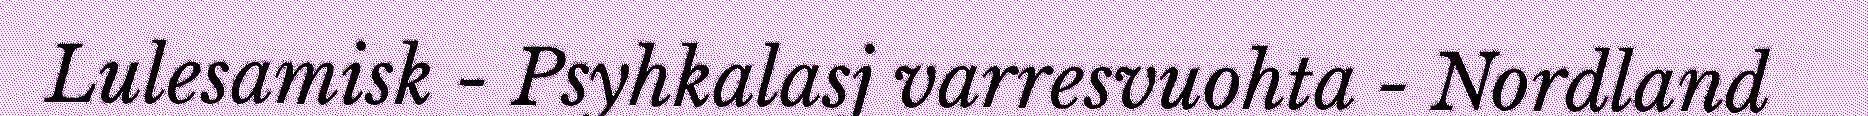
Lulesamisk - Psyhkalasj varresvuohta - Nordland